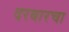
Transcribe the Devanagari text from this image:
दरबारचा